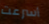
أسرعت